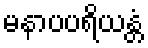
မနာပပရိယန္တံ